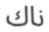
ناك